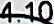
4.10